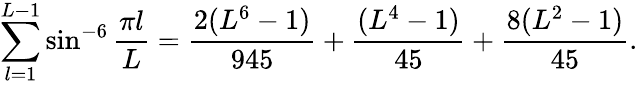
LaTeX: \sum_{l=1}^{L-1}\sin^{-6}{\frac{\pi l}{L}}={\frac{2(L^{6}-1)}{945}}+{\frac{(L^{4}-1)}{45}}+{\frac{8(L^{2}-1)}{45}}.